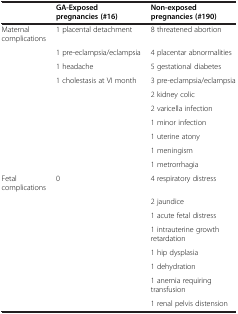
|  | GA-Exposed pregnancies (#16) | Non-exposed pregnancies (#190) |
 | --- | --- | --- |
 | Maternal complications | 1 placental detachment | 8 threatened abortion |
 |  | 1 pre-eclampsia/eclampsia | 4 placentar abnormalities |
 |  | 1 headache | 5 gestational diabetes |
 |  | 1 cholestasis at VI month | 3 pre-eclampsia/eclampsia |
 |  |  | 2 kidney colic |
 |  |  | 2 varicella infection |
 |  |  | 1 minor infection |
 |  |  | 1 uterine atony |
 |  |  | 1 meningism |
 |  |  | 1 metrorrhagia |
 | Fetal complications | 0 | 4 respiratory distress |
 |  |  | 2 jaundice |
 |  |  | 1 acute fetal distress |
 |  |  | 1 intrauterine growth retardation |
 |  |  | 1 hip dysplasia |
 |  |  | 1 dehydration |
 |  |  | 1 anemia requiring transfusion |
 |  |  | 1 renal pelvis distension |